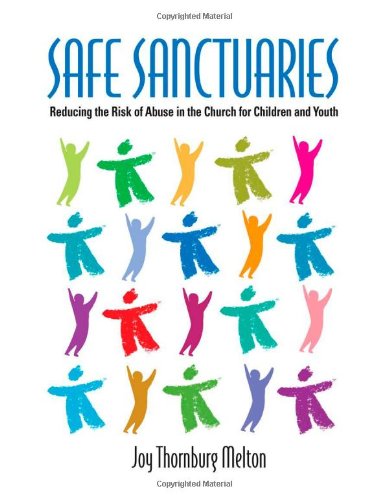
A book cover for Safe Sanctuaries: Reducing the Risk of Abuse in the Church for Children and Youth; Joy Thornburg Melton; Christian Books & Bibles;